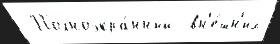
 Полноэкра́нный  вн'е́шн'их